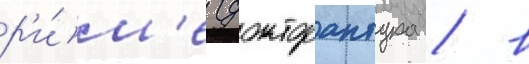
р'и́м'е (докторантура / в